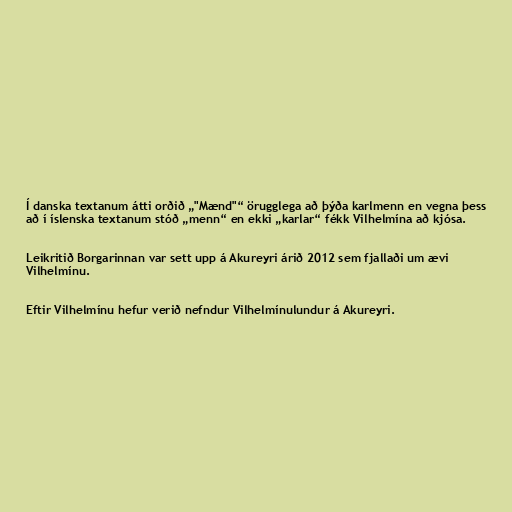
Í danska textanum átti orðið „"Mænd"“ örugglega að þýða karlmenn en vegna þess
að í íslenska textanum stóð „menn“ en ekki „karlar“ fékk Vilhelmína að kjósa.

Leikritið Borgarinnan var sett upp á Akureyri árið 2012 sem fjallaði um ævi
Vilhelmínu.

Eftir Vilhelmínu hefur verið nefndur Vilhelmínulundur á Akureyri.